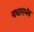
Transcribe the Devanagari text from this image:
यथासभंव